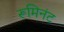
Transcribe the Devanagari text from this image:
रूमिनंट